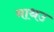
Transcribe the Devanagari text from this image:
माथउ